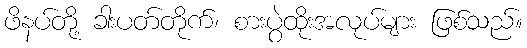
ဖိနပ်တို့ ခါးပတ်တိုက်၊ စားပွဲထိုးအလုပ်များ ဖြစ်သည်။